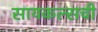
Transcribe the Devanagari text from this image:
सायकल्सची